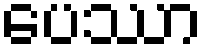
ပေဿာ